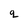
Character: q